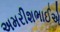
અમરીશભાઈએ